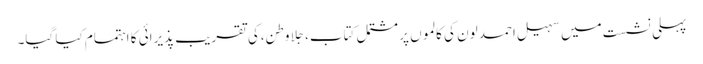
پہلی نشست میں سہیل احمد لون کی کالموں پر مشتمل کتاب،جِلا وطن،کی تقریبِ پذیرائی کا اہتمام کیا گیا۔